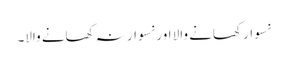
نسوار کھانے والا اور نسوار نہ کھانے والا۔